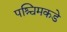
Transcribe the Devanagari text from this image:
पश्चिमकडे